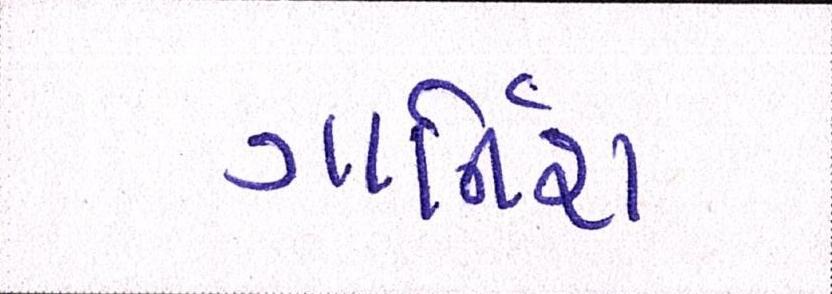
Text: ગાર્નિશ